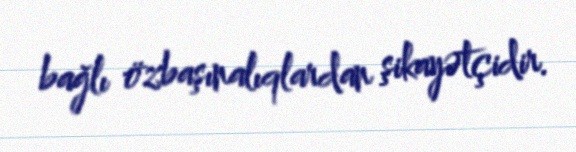
bağlı özbaşınalıqlardan şikayətçidir.